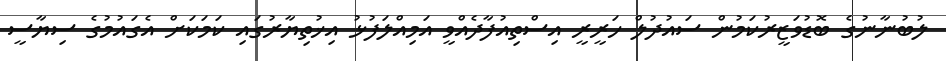
ލުބުނާނުގެ ބޮޑުވަޒީރުކަމުން ސައުދުލް ހަރީރީ އިސްތިއުފާދެއްވީ އަމިއްލަފުޅު އިޚުތިޔާރުގައި ކަަމަކަށް އެގައުމުގެ ސިޔާސީ